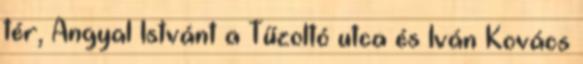
tér, Angyal Istvánt a Tűzoltó utca és Iván Kovács